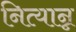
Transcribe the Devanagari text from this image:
नित्यान्न